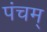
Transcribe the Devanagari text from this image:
पंचम्‌